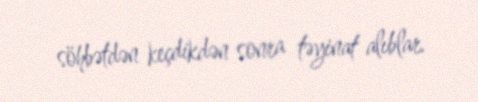
söhbətdən keçdikdən sonra təyinat alıblar.